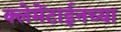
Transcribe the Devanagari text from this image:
क्लेमेंटाईनच्या